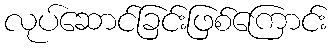
လုပ်ဆောင်ခြင်းဖြစ်ကြောင်း